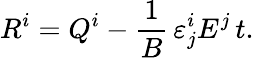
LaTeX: R^{i}=Q^{i}-\frac{1}{B}\, \varepsilon_{j}^{i}E^{j}\, t.